Lunatic asylums Central Provinces reports 1886-1894 - 1886-1894
Year: 1886
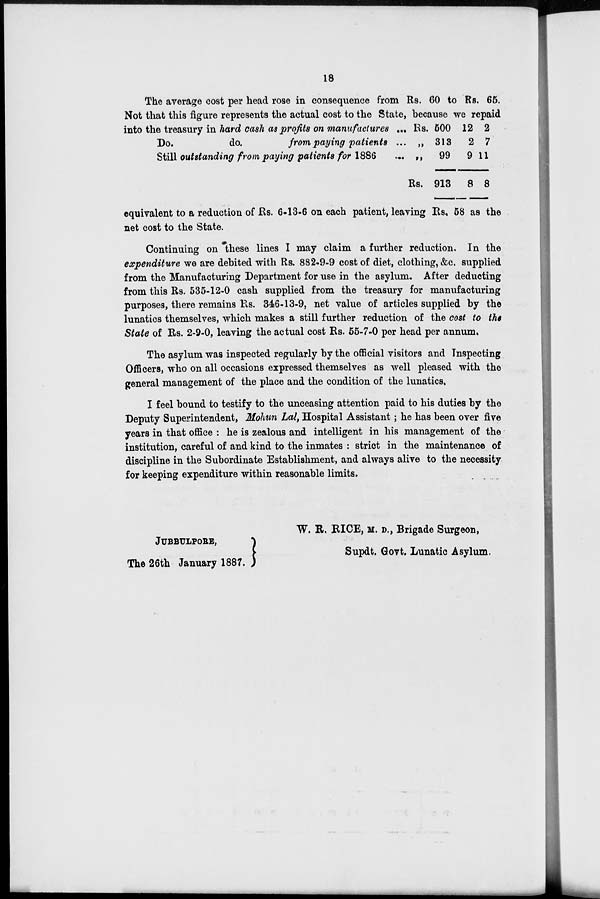
18
The average cost per head rose in consequence from Rs. 60 to Rs. 65.
Not that this figure represents the actual cost to the State, because we repaid
into the treasury in hard cash as profits on manufactures ...
Do.
do.
from paying patients ...
Still outstanding from paying patients for 1886 ...
Rs. 500
„ 313
„
99
Rs. 913
12
2
9
8
2
7
11
8
equivalent to a reduction of Rs. 6-13-6 on each patient, leaving Rs. 58 as the
net cost to the State.
Continuing on these lines I may claim a further reduction. In the
expenditure we are debited with Rs. 882-9-9 cost of diet, clothing, &c. supplied
from the Manufacturing Department for use in the asylum. After deducting
from this Rs. 535-12-0 cash supplied from the treasury for manufacturing
purposes, there remains Rs. 346-13-9, net value of articles supplied by the
lunatics themselves, which makes a still further reduction of the cost to the
State of Rs. 2-9-0, leaving the actual cost Rs. 55-7-0 per head per annum.
The asylum was inspected regularly by the official visitors and Inspecting
Officers, who on all occasions expressed themselves as well pleased with the
general management of the place and the condition of the lunatics.
I feel bound to testify to the unceasing attention paid to his duties by the
Deputy Superintendent, Mohun Lal, Hospital Assistant; he has been over five
years in that office : he is zealous and intelligent in his management of the
institution, careful of and kind to the inmates : strict in the maintenance of
discipline in the Subordinate Establishment, and always alive to the necessity
for keeping expenditure within reasonable limits.
JUBBULPORE
The 26th January 1887.
W. R. RICE, M. D., Brigade Surgeon,
Supdt. Govt, Lunatic Asylum.